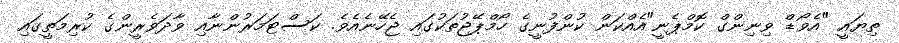
ތިޔައީ "އެވޯޑް ވިނިންގް ކޮމްޕެނީ"އެއްކަން ކުންފުނީގެ ހޯމްޕޭޖުތަކުގައި ޖެހޭނެއެވެ. ކަސްޓަމަރުންނާއި ވާދަވެރީންގެ ކުރިމަތީގައި